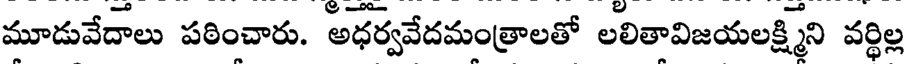
మూడువేదాలు పఠించారు. అధర్వవేదమంత్రాలతో లలితావిజయలక్ష్మిని వర్ధిల్ల